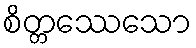
စိတ္တဿေသော